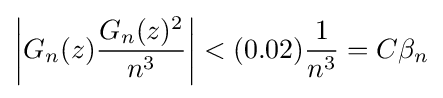
\left|G_{n}(z){\frac {G_{n}(z)^{2}}{n^{3}}}\right|<(0.02){\frac {1}{n^{3}}}=C\beta _{n}